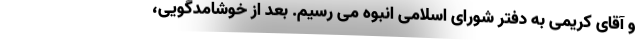
و آقای کریمی به دفتر شورای اسلامی انبوه می رسیم. بعد از خوشامدگویی،